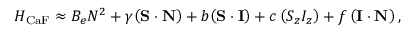
\begin{array} { r } { H _ { \mathrm { C a F } } \approx B _ { e } N ^ { 2 } + \gamma \mathbf { \left( S \cdot N \right) } + b \mathbf { \left( S \cdot I \right) } + c \left( S _ { z } I _ { z } \right) + f \left( \mathbf { I \cdot N } \right) , } \end{array}